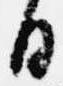
日